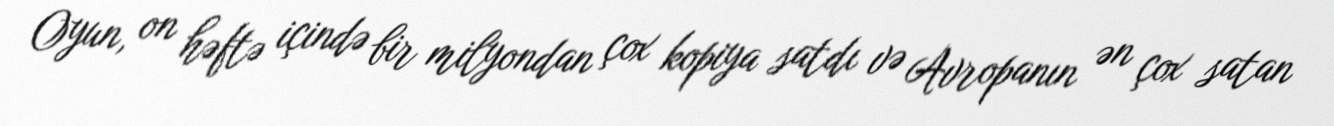
Oyun, on həftə içində bir milyondan çox kopiya satdı və Avropanın ən çox satan